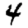
Digit: 4